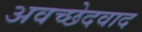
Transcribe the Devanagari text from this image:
अवच्छेदवाद